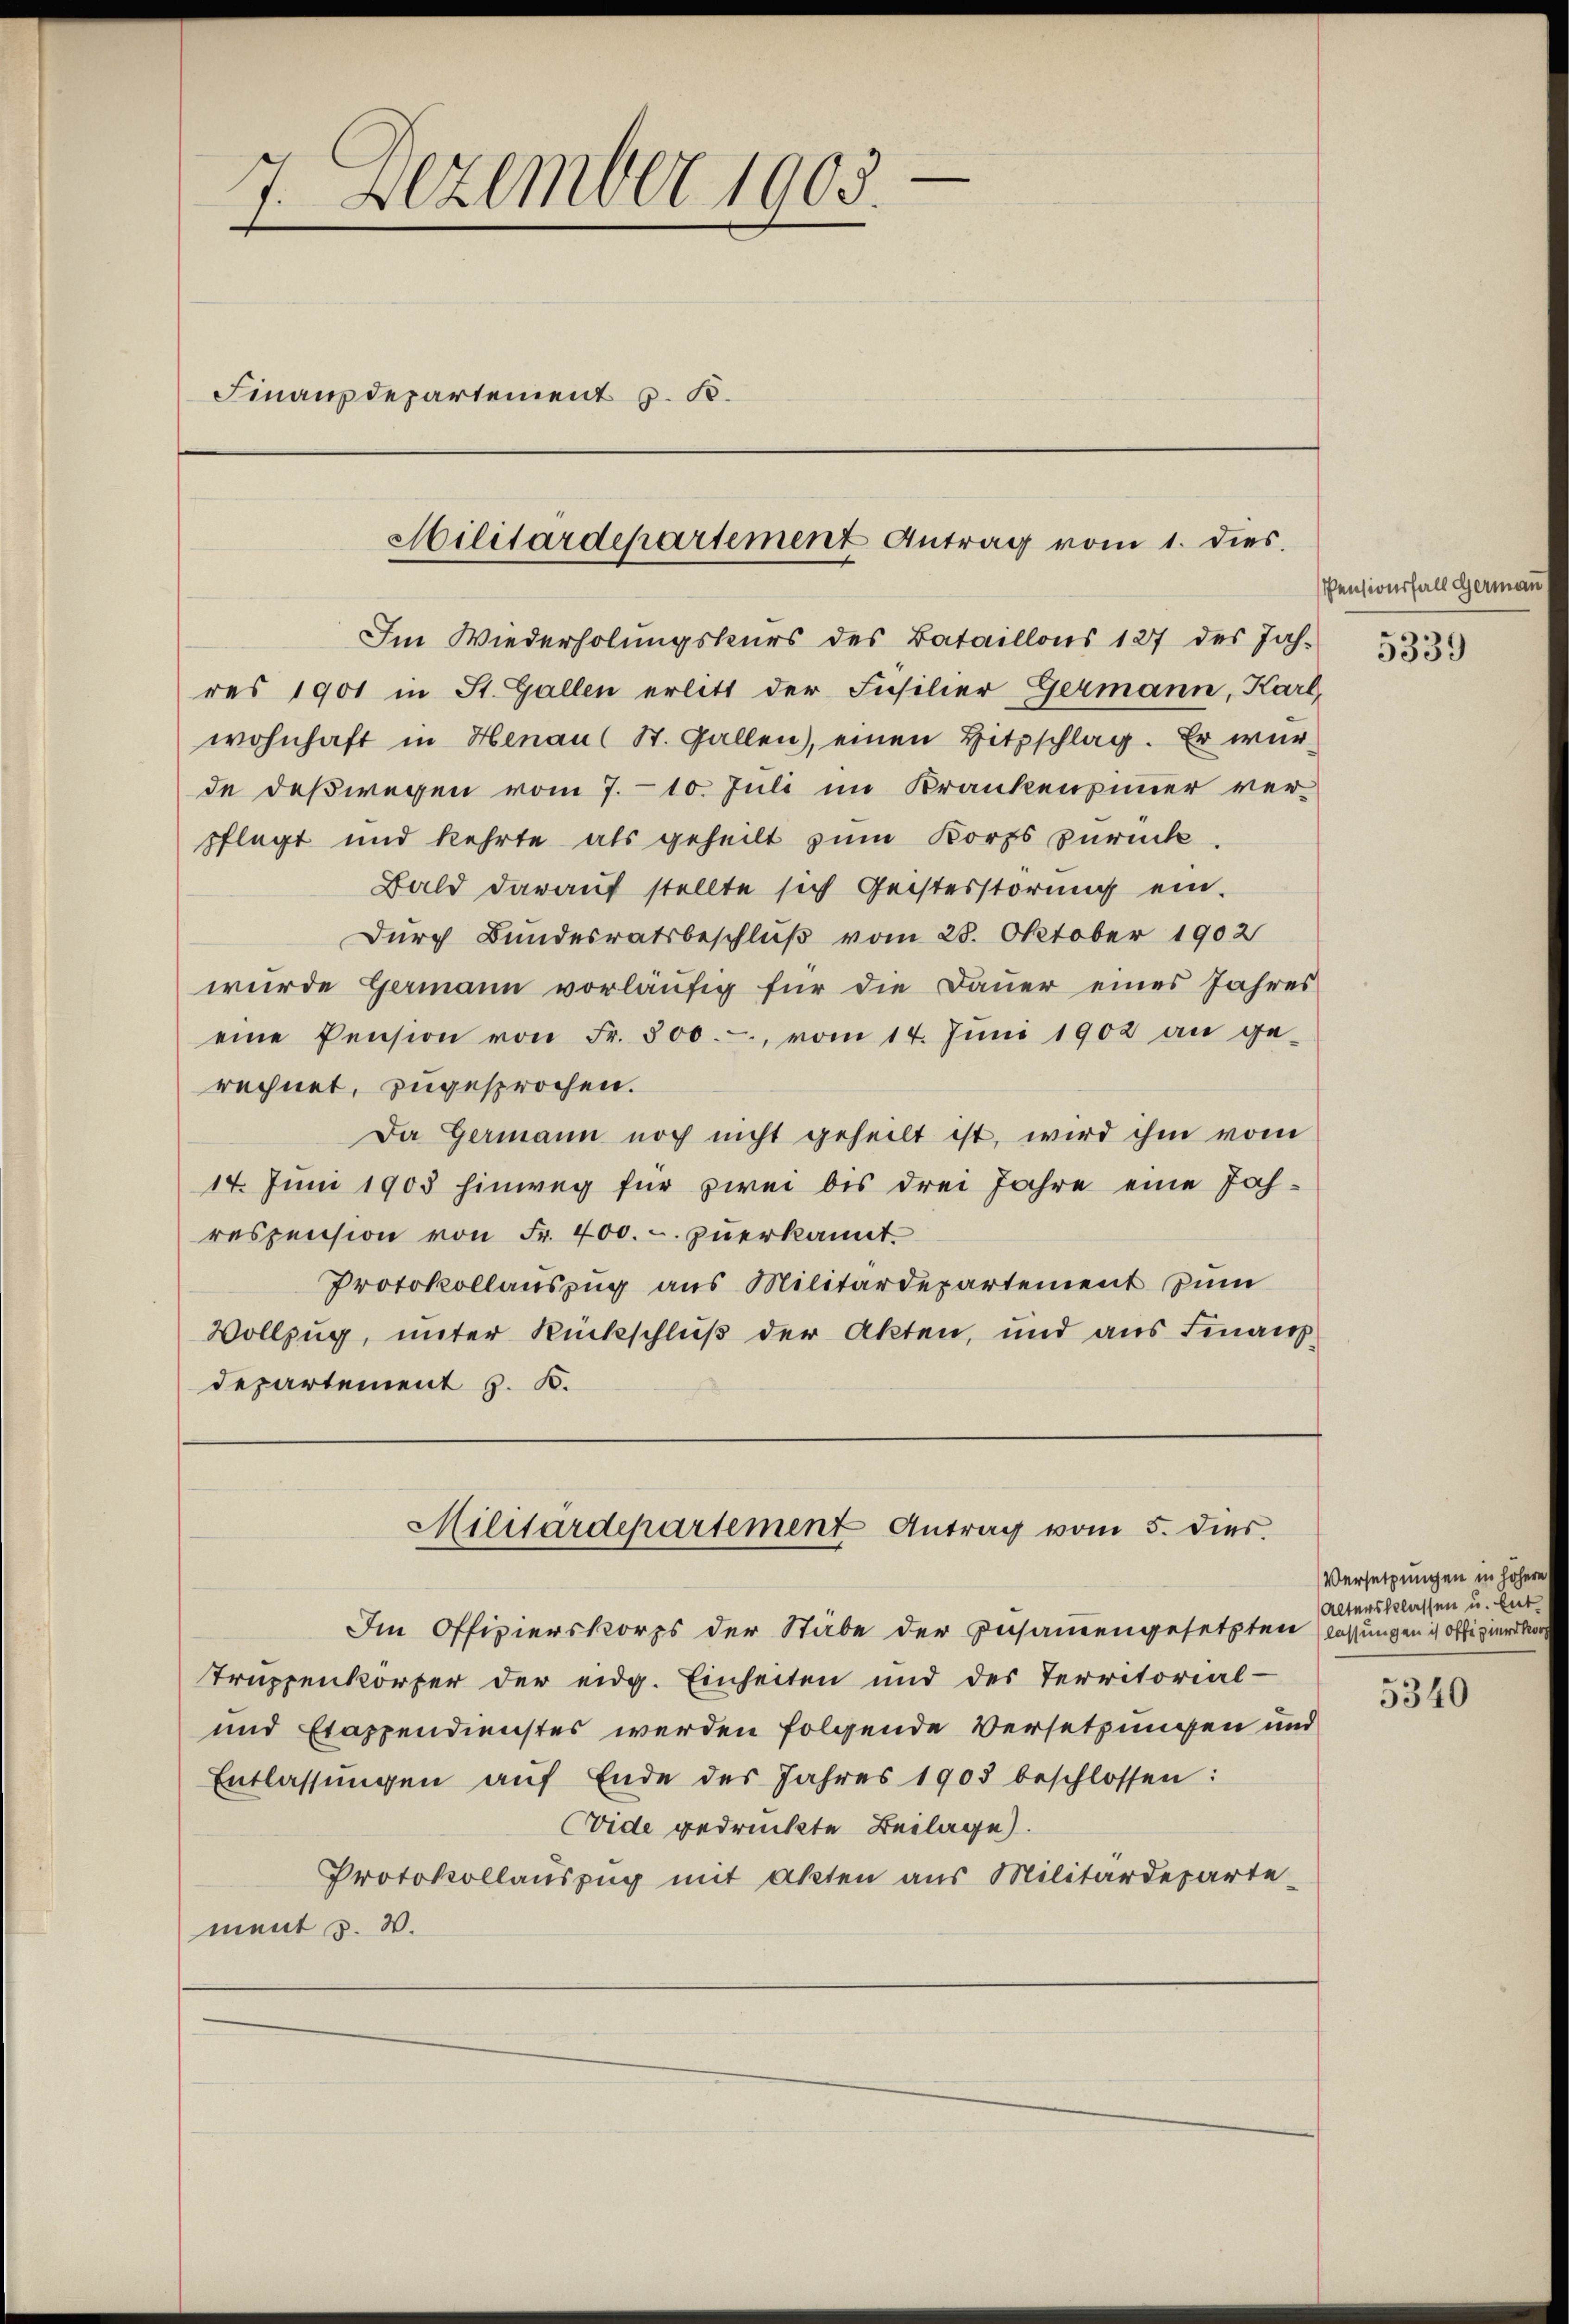
7. Dezember 1903.
.
Finanzdepartement z. B.

res 1901 in St. Gallen erlitt der Insilier Germann, Karl,
wohnhaft in Henau (St. Gallen), einen Hitzschlag. Er wur-
de deßwegen vom 7. 10. Juli im Krankenzimmer ver-
pflegt und kehrte als geheilt zum Korps zurück
Bald darauf stellte sich Geisterstörung ein.
Durch Bundesratsbeschluß vom 28. Oktober 1902
wurde Germann vorläufig für die Dauer eines Jahres
eine Pension von Fr. 800.-, vom 14. Jŭni 1902 an ge-
rechnet, zugesprochen.
Da Germann noch nicht geheilt ist, wird ihm vom
14. Juni 1903 hinweg für zwei bis drei Jahre eine Jahrespension von Fr. 400. - zuerkannt.
Protokollauszug aus Militärdepartement zum
Vollzug, unter Rückschluß der Akten, und aus Finanz
departement z. B.
Militärdepartement Antrag vom 5. dies.
Im Offizierskorps der Stäbe der Zusammengesetzten lassungen ich offizierkor
truppenkörper der eidg. Einheiten und des Territorial-
und Etappendienstes werden folgende Versetzungen und
Entlassŭngen auf Ende des Jahres 1903 beschlossen:
Evide gedruckte Beilage.
Protokollauszug mit Akten aus Militärdeparte-
ment z. W.

Militärdepartement Antrag vom 1. dies

Im Wiederholungskurs des Bataillons 127 des Jah¬

Pensionsfall German
5339

Versetzungen in höhere
Altersklassen u. lit

5340